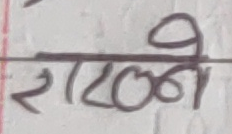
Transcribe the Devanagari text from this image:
रगटल्ने